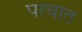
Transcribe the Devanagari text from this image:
पाचात